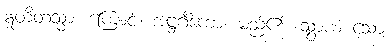
ဣတိတသ္မာ၊ ကြောင့်။ အဋ္ဌင်္ဂိကော၊ မည်၏။ သွာယံ သော